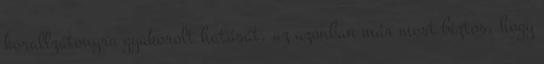
korallzátonyra gyakorolt hatását, az azonban már most biztos, hogy